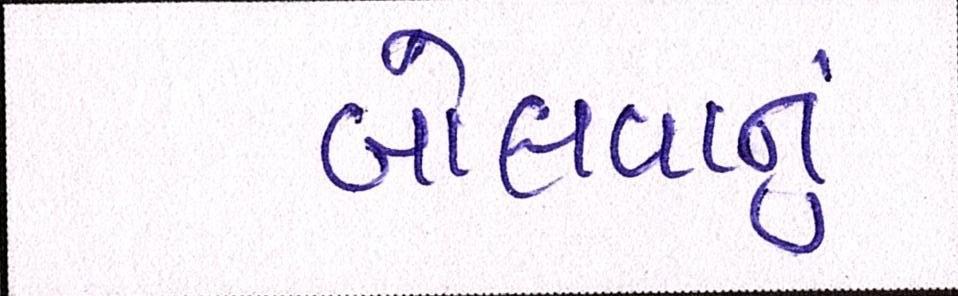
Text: બોલવાનું